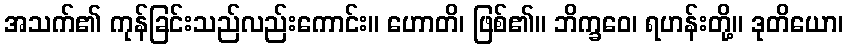
အသက်၏ ကုန်ခြင်းသည်လည်းကောင်း။ ဟောတိ၊ ဖြစ်၏။ ဘိက္ခဝေ၊ ရဟန်းတို့။ ဒုတိယော၊